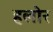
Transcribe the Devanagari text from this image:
हलोर